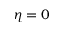
\eta = 0